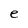
Character: e